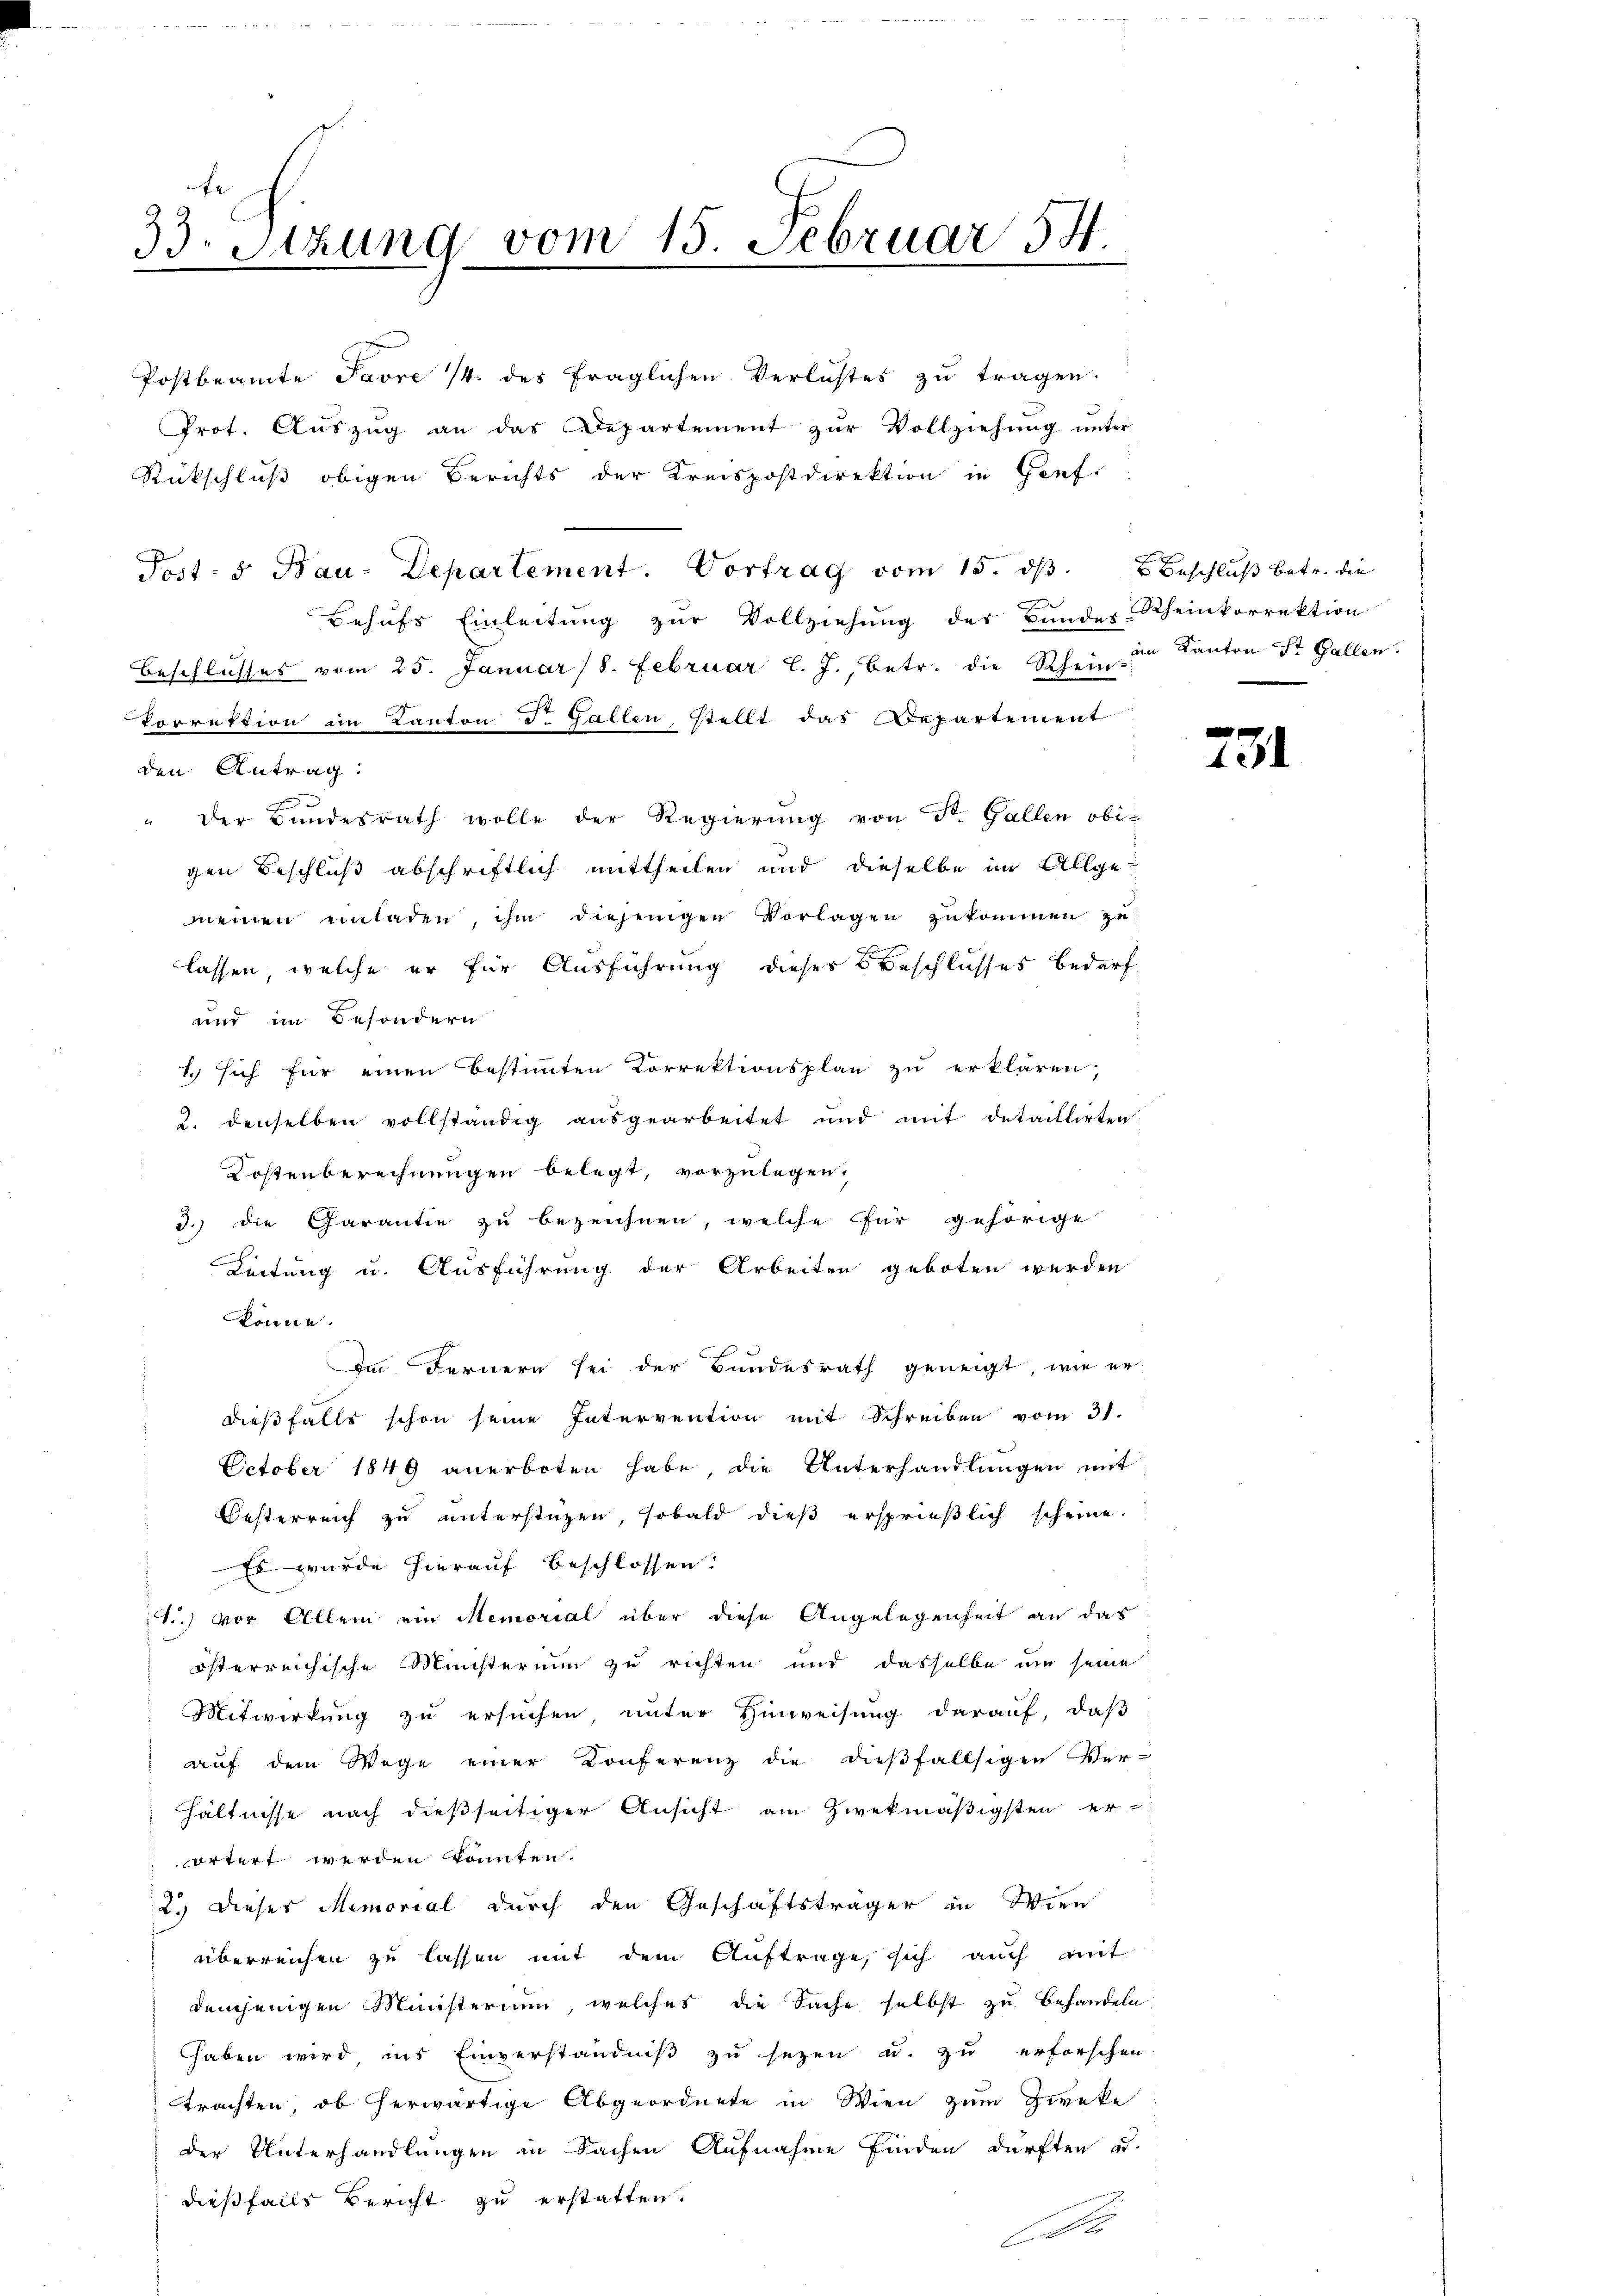
fe
33. Sitzung vom 15. Februar 54.

Postbeamte Javre 14. des fraglichen Verlustes zu tragen.
Prot. Auszug an das Departement zur Vollziehung unter
Rückschluß obigen Berichts der Kreispostdirektion in Genf.
Post- u Bau-Departement. Vortrag vom 15. dβ u Beschluß betr. die
Behufs Einleitung zur Vollziehung des Bundes Rheinkorrektion
Beschlŭsses vom 25. Januar 18. Februar l. J., betr. die Rhein in Kanton St. Gallen.
Vorrektion im Kanton J. Gallen stellt das Departement
den Antrag:
" der Bundesrath wolle der Regierung von St. Gallen obi-
gen Beschluß abschriftlich mittheilen und dieselbe im Allge-
meinen einladen, ihm diejenigen Vorlagen zukommen zu
lassen, welche er für Ausführung dieser Beschlusses bedarf
und im Besondern
1. sich für einen bestimmten Korrektionsplan zu erklären;
2. denselben vollständig aŭsgearbeitet und mit detaillirten
Kostenberechnungen belegt, vorzulegen,
3.) Die Carantie zu bezeichnen, welche für gehörige
Leitung u. Ausführung der Arbeiten geboten werden
könne.
Im Fernern sei der Bundesrath geneigt, wie er
dießfalls schon seine Intervention mit Schreiben vom 31.
October 1849 anerboten habe, die Unterhandlungen mit
Oesterreich zu unterstüzen, sobald dieß ersprießlich scheine.
Es wurde hierauf beschlossen.
1.) vor. Allem ein Memorial über diese Angelegenheit an das
österreichische Ministerium zu richten und dasselbe um seine
Mitwirkung zu ersuchen, unter Hinweisung darauf, daβ
aŭf dem Wege einer Konferenz die dieβfallsigen Ver-
hältnisse nach dießseitiger Ansicht am zwekmäßigsten er-
örtert werden könnten.
2.) Dieses Memorial durch den Geschäftsträger in Wien
überreichen zu lassen mit dem Auftrage, sich auch mit
demjenigen Ministerium, welches die Sache selbst zu Behandeln
haben wird, ins Einverständniß zu sezen u. zu erforschen
trachten, ob herwärtige Abgeordnete in Wien zum Zweke
der Unterhandlungen in Sachen Aufnahme finden dürften u.
dießfalls Bericht zu erstatten.
F

231